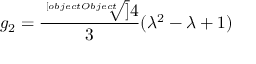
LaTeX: g _ { 2 } = { \frac { \sqrt [ [object Object] ] { 4 } } { 3 } } ( \lambda ^ { 2 } - \lambda + 1 )